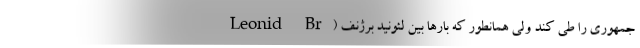
جمهوری را طی کند ولی همانطور که بارها بین لئونید برژنف (Leonid Br